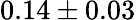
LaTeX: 0.14\pm 0.03